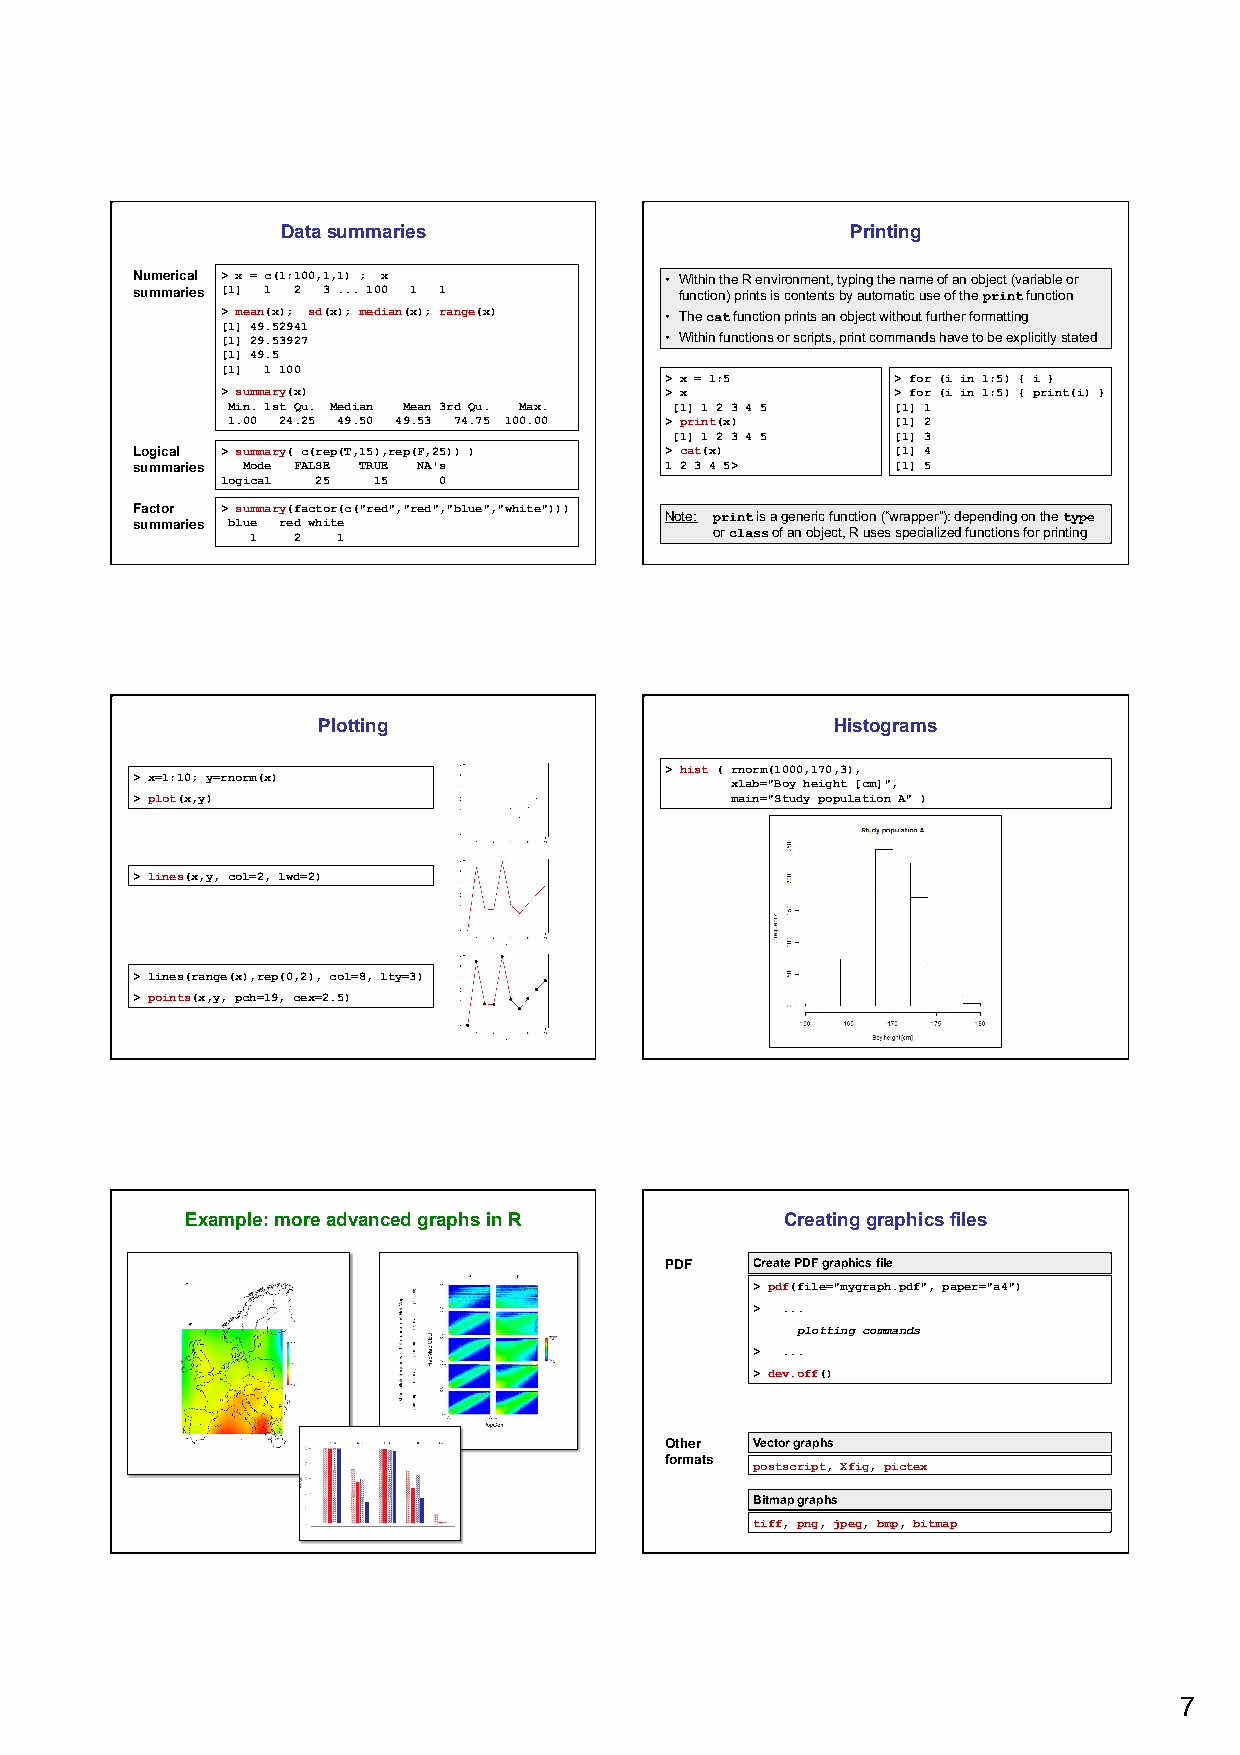
Data summaries                       Printing
 Numerical > x = c(1:100,1,1) ; x   • Within the R environment, typing the name of an object (variable or
 summaries [1] 1 2 3 ... 100 1 1     function) prints is contents by automatic use of the print function
 > mean(x); sd(x); median(x); range(x) • The cat function prints an object without further formatting
 [1] 49.52941
 [1] 29.53927                 • Within functions or scripts, print commands have to be explicitly stated
 [1] 49.5
 [1] 1 100
 > x = 1:5      > for (i in 1:5) { i }
 > summary(x)                 > x            > for (i in 1:5) { print(i) }
 Min. 1st Qu. Median Mean 3rd Qu. Max. [1] 1 2 3 4 5 [1] 1
 1.00 24.25 49.50 49.53 74.75 100.00 > print(x) [1] 2
 [1] 1 2 3 4 5  [1] 3
 Logical > summary( c(rep(T,15),rep(F,25)) ) > cat(x) [1] 4
 summaries Mode FALSE TRUE NA's     1 2 3 4 5>     [1] 5
 logical 25 15 0
 Factor > summary(factor(c("red","red","blue","white")))
 summaries blue red white           Note: print is a generic function (“wrapper”): depending on the type
 1 2  1                        or class of an object, R uses specialized functions for printing
 Plotting                          Histograms
 > hist ( rnorm(1000,170,3),
 > x=1:10; y=rnorm(x)
 xlab="Boy height [cm]",
 > plot(x,y)                            main="Study population A" )
 > lines(x,y, col=2, lwd=2)
 > lines(range(x),rep(0,2), col=8, lty=3)
 > points(x,y, pch=19, cex=2.5)
 Example: more advanced graphs in R      Creating graphics files
 PDF   Create PDF graphics file
 > pdf(file="mygraph.pdf", paper="a4")
 > ...
 plotting commands
 > ...
 > dev.off()
 Other Vector graphs
 formats
 postscript, Xfig, pictex
 Bitmap graphs
 tiff, png, jpeg, bmp, bitmap
 7